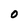
Character: O